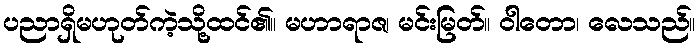
ပညာရှိမဟုတ်ကဲ့သို့ထင်၏။ မဟာရာဇ၊ မင်းမြတ်။ ဝါတော၊ လေသည်။